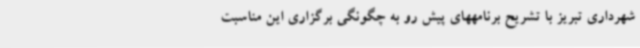
شهرداری تبریز با تشریح برنامههای پیش رو به چگونگی برگزاری این مناسبت